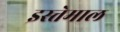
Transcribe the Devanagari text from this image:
इस्त्तेमाल